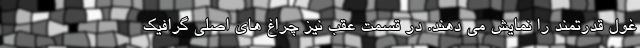
غول قدرتمند را نمایش می دهند. در قسمت عقب نیز چراغ های اصلی گرافیک